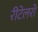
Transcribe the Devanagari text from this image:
रीटेलरों